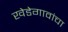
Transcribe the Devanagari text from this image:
खेडेगावांचा